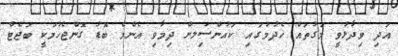
އަދި ވިދާޅުވީ މަގުތައް ހެދުމުގައި ކައުންސިަލށް ދިމާވި އެންމެ ބޮޑު ގޮންޖެހުމަކީ ބަޖެޓް